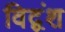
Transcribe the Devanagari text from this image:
विद्वंश